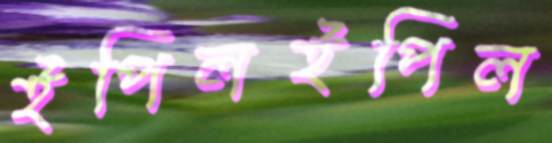
ইপিলইপিল